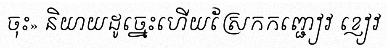
ចុះ» និយាយដូច្នេះហើយស្រែកកញ្ជៀវ ខ្ញៀវ